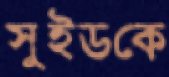
সুইডকে